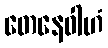
တေနေဝါဟံ